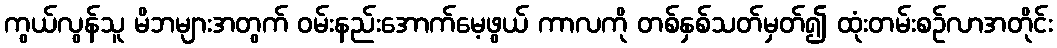
ကွယ်လွန်သူ မိဘများအတွက် ဝမ်းနည်းအောက်မေ့ဖွယ် ကာလကို တစ်နှစ်သတ်မှတ်၍ ထုံးတမ်းစဉ်လာအတိုင်း